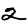
Digit: 2